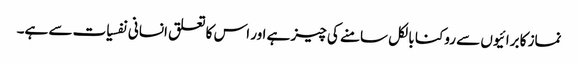
نماز کا برائیوں سے روکنا بالکل سامنے کی چیز ہے اور اس کا تعلق انسانی نفسیات سے ہے۔